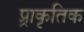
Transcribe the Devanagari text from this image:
प्र्राकृतिक